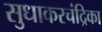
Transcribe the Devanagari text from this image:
सुधाकरचंद्रिका